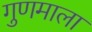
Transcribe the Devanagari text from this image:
गुणमाला